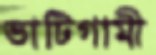
ভাটিগামী